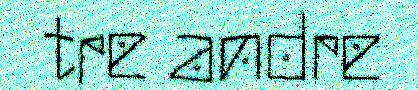
tre andre